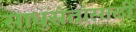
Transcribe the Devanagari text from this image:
साधुसंतांसाठी